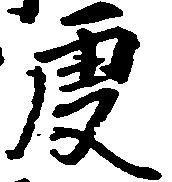
庚